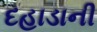
દહાડાની